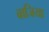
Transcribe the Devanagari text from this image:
बाजिया